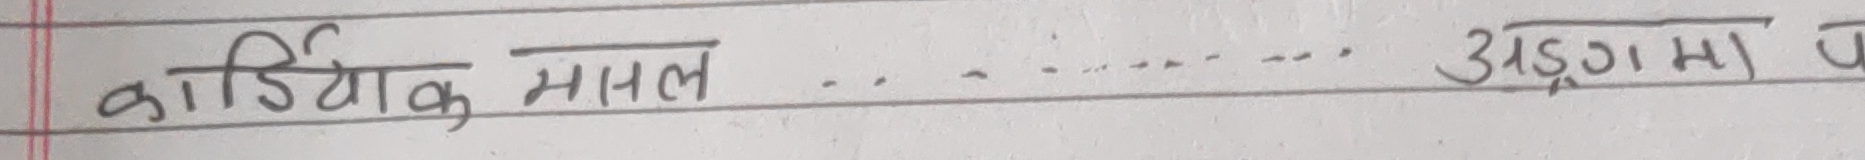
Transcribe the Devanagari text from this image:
कार्डियाक मासल ... अड़ुगामा प